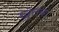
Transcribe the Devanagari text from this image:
खु़तबा